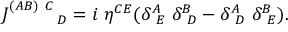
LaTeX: J _ { ~ ~ ~ ~ ~ ~ ~ ~ D } ^ { ( A B ) ~ C } = i ~ \eta ^ { C E } ( \delta _ { ~ E } ^ { A } ~ \delta _ { ~ D } ^ { B } - \delta _ { ~ D } ^ { A } ~ \delta _ { ~ E } ^ { B } ) .